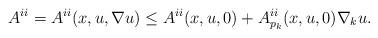
LaTeX: \begin{align*} A^{ii} = A^{ii} (x, u, \nabla u)\leq A^{ii} (x, u, 0) + A^{ii}_{p_k} (x, u, 0) \nabla_k u.\end{align*}